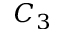
C _ { 3 }